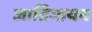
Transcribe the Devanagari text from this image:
जातिगायन